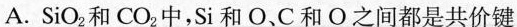
A.SiO_{2}和CO_{2}中，Si和O、C和О之间都是共价键